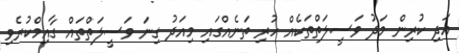
އަދި ކުރިން މަދު ވަސީލަތްތަކެއް ހުރި ތަނެއްގައި މިއަދު ގިނަ ވަަސީލަތްތައް ގާއިމްކުރެވި